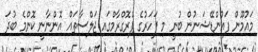
މައުމޫން ފައުންޑޭޝަނުން ބުނީ މި ފަހަރުގެ ޕްރޮގްރާމްގައި ޖަލްސާތައް އޮންނާނީ ކޮންމެ ބުދަ